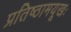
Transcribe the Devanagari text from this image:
प्रतिष्ठामयूखः